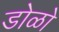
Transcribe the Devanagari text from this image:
डोळो